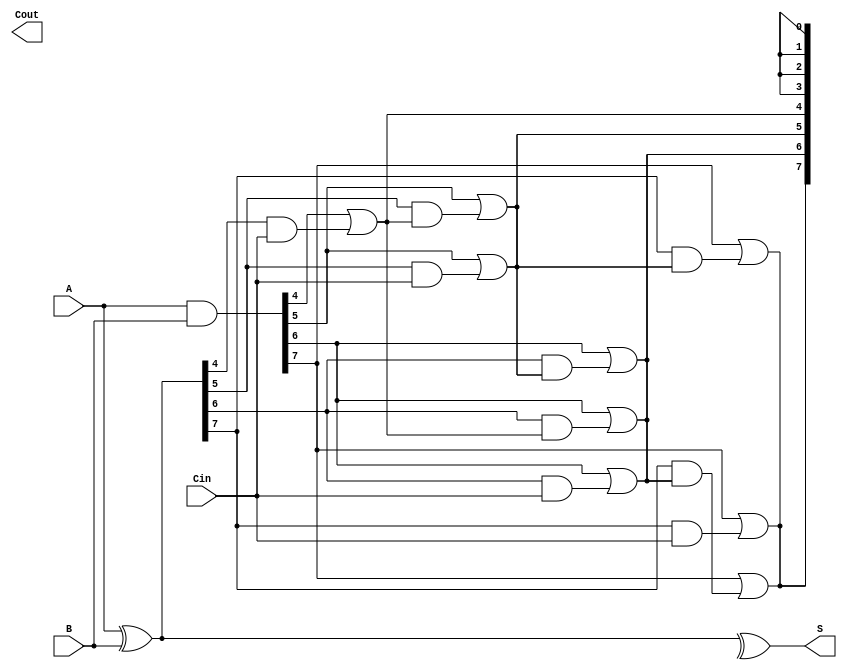
module KoggeStoneAdder #(
    parameter N = 8 // Width of the adder
)(
    input [N-1:0] A,    // First input
    input [N-1:0] B,    // Second input
    input Cin,          // Carry-in
    output [N-1:0] S,   // Sum output
    output Cout         // Carry-out
);

    // Generate and Propagate signals
    wire [N-1:0] G; // Generate
    wire [N-1:0] P; // Propagate
    wire [N:0] C;   // Carry signals

    // Generate and Propagate calculations
    assign G = A & B;          // Generate
    assign P = A ^ B;          // Propagate
    assign C[0] = Cin;         // Initial carry

    // Kogge-Stone Carry Generation
    genvar i, j;
    generate
        for (j = 1; j <= $clog2(N); j = j + 1) begin : carry_gen
            for (i = 0; i < N; i = i + 1) begin : carry_stage
                if (i >= (1 << (j - 1))) begin
                    assign C[i] = G[i] | (P[i] & C[i - (1 << (j - 1))]);
                end else begin
                    assign C[i] = C[i - (1 << (j - 1))];
                end
            end
        end
    endgenerate

    // Sum Calculation
    assign S = P ^ C[N-1:0]; // Sum bits
    assign Cout = C[N];      // Final carry-out

endmodule